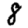
Digit: 8